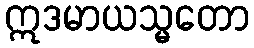
ဣဒမာယသ္မတော